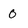
Character: 0